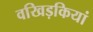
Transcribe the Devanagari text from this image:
वखिड़कियां